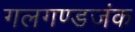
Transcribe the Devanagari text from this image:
गलगण्डजंक